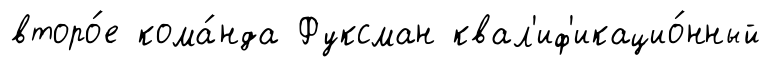
второ́е кома́нда Фуксман квал'иф'икацио́нный